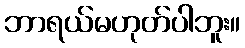
ဘာရယ်မဟုတ်ပါဘူး။